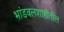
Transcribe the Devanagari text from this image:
भांडवलशाहीतील